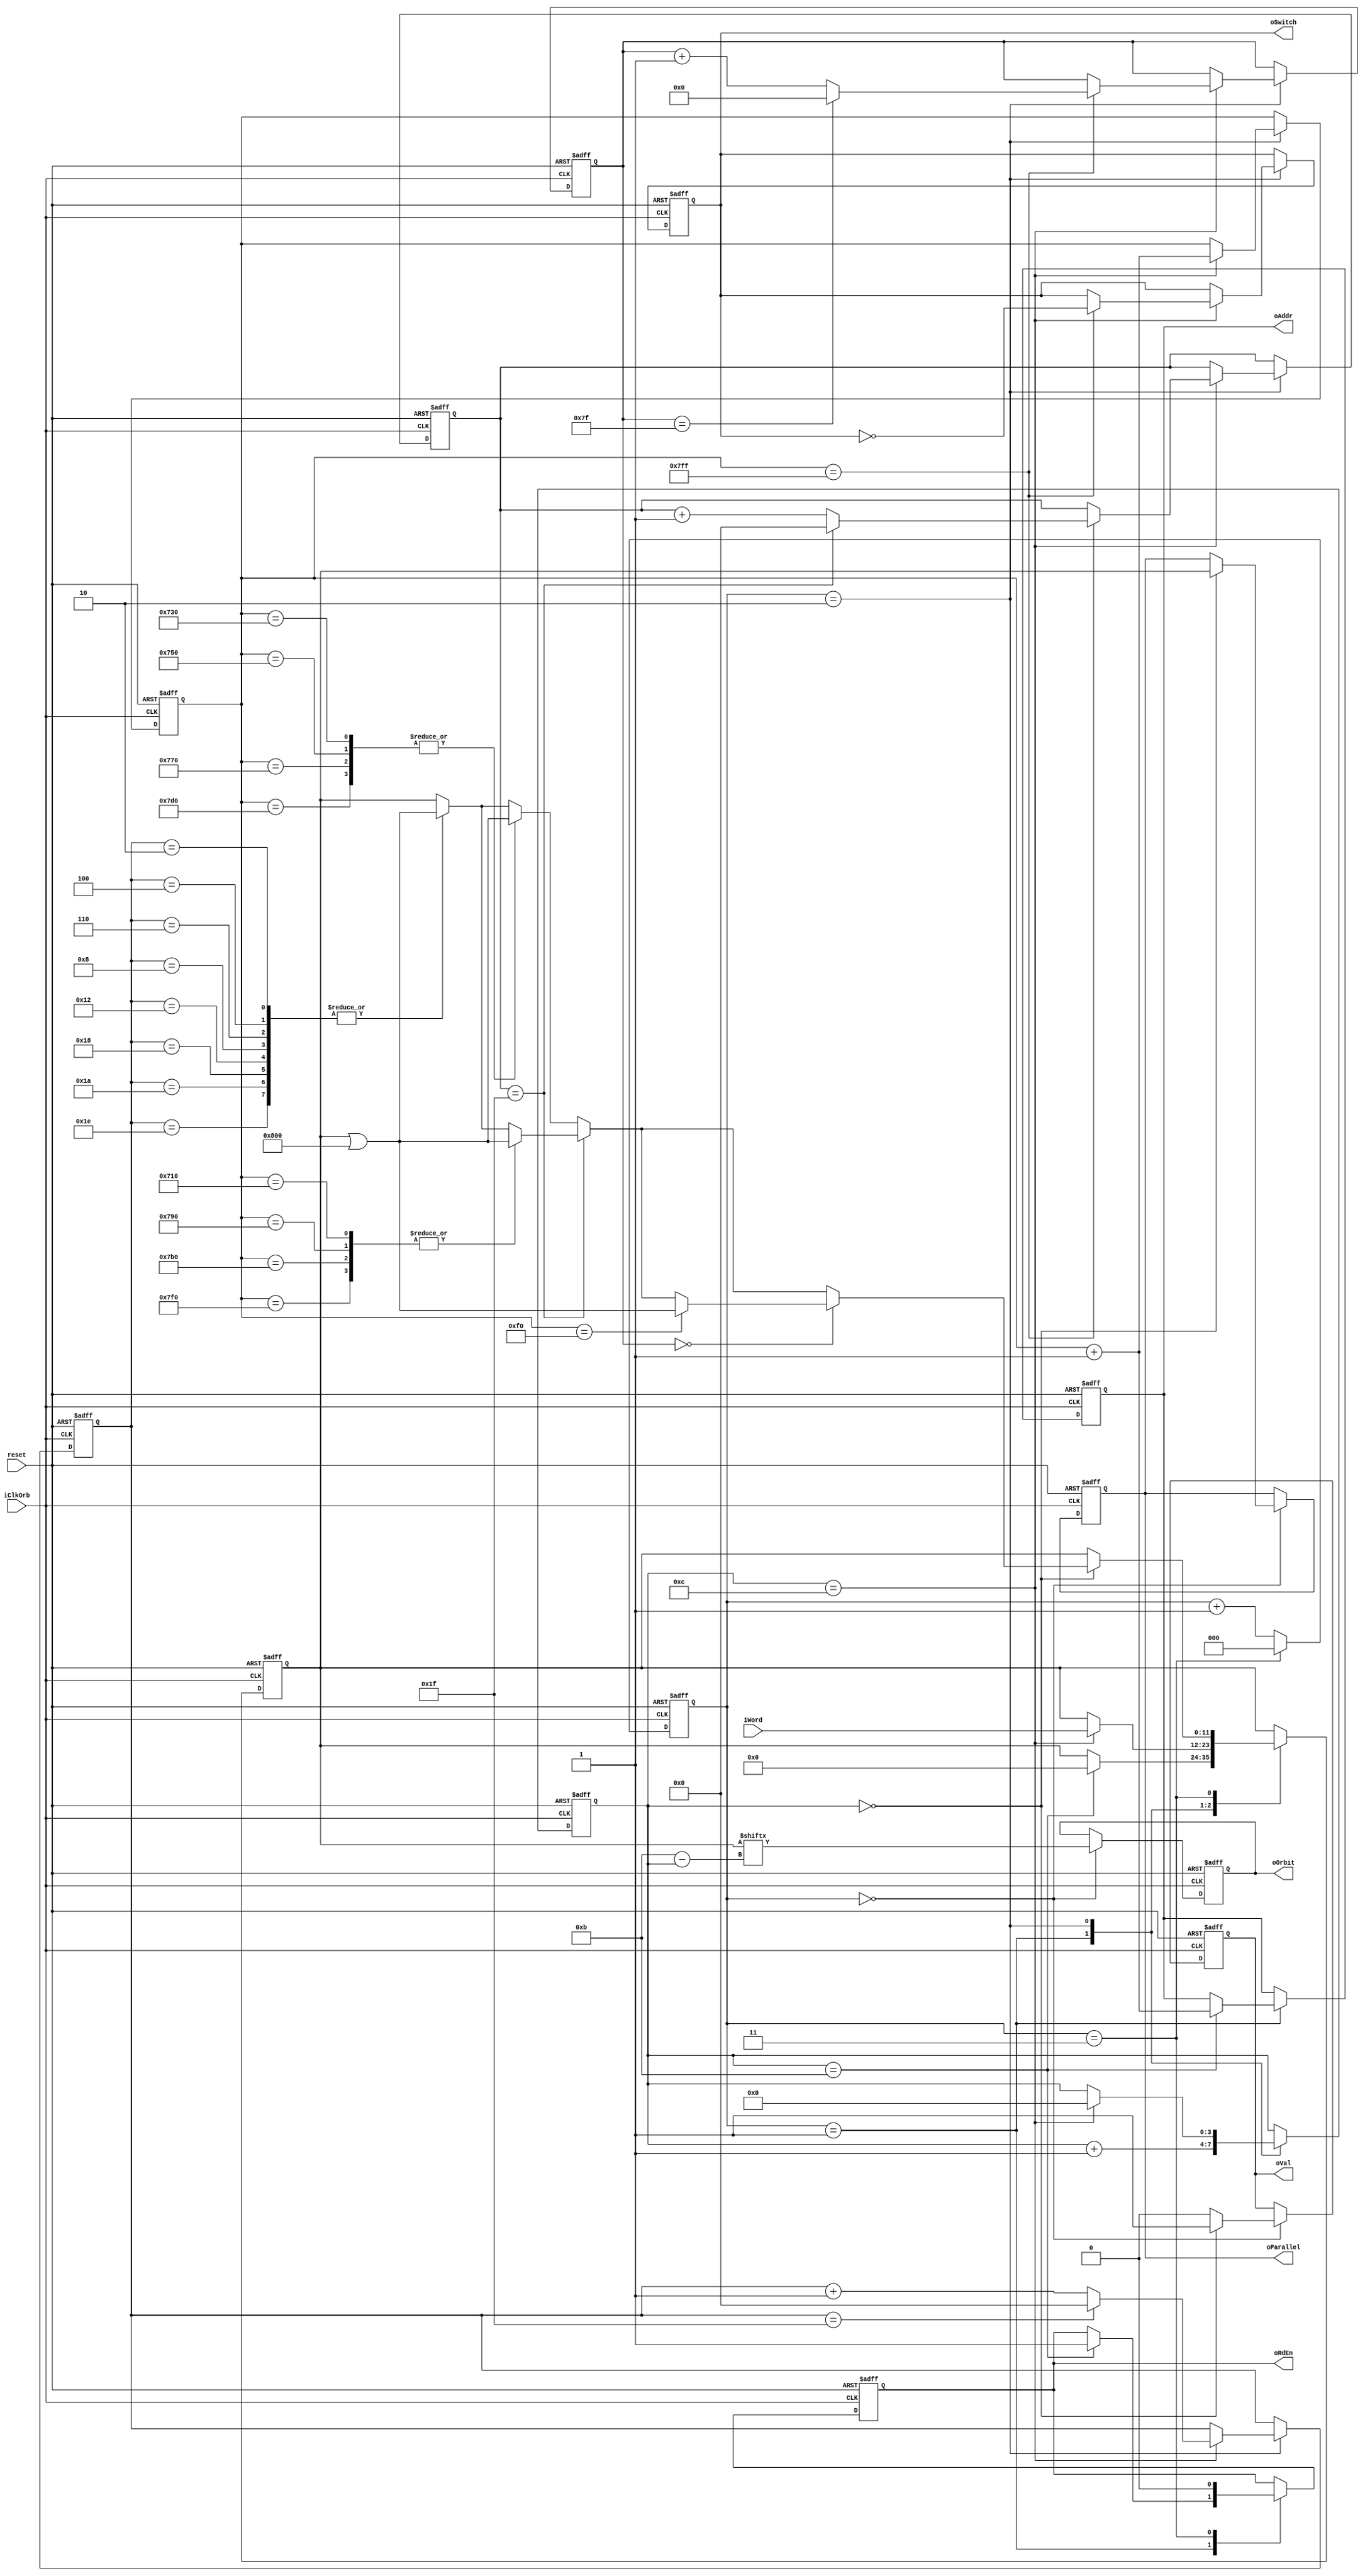
module M16(
	input reset, 
	input iClkOrb,
	input [11:0]iWord,
	output reg [10:0]oAddr,
	output reg oRdEn,
	output reg oSwitch,
	output reg oOrbit,
	output reg [11:0]oParallel,
	output reg oVal
);

reg [3:0]cntBit;
reg [10:0]cntWrd;
reg [4:0]cntPhr, cntGrp;
reg [6:0]cntFrm;
reg cntMem;
reg [11:0]outWord;
reg [2:0]seq;

always@(negedge reset or posedge iClkOrb)begin
	if(~reset)begin
		outWord <= 0;
		oAddr <= 0;
		oRdEn <= 0;
		oSwitch <= 0;
		oOrbit <= 0;
		oParallel <= 0;
		oVal <= 0;
		cntBit <= 0;
		cntFrm <= 0;
		cntGrp <= 0;
		cntPhr <= 0;
		cntWrd <= 0;
		seq <= 0;
	end else begin
		seq <= seq + 1'b1;
		case(seq)
			0: begin
				oOrbit <= outWord[11-cntBit];
				if (cntBit == 0) begin
					oParallel <= outWord;
					oVal <= 1;
				end else oVal <= 0;
			end
			1: begin
				if (cntBit == 11) begin
					oAddr <= cntWrd +1'b1;
					oRdEn <= 1;
					outWord <= 12'b0;
				end
				cntBit <= cntBit + 1'b1;
			end
			2: begin
				if (cntBit == 12) begin
					cntBit <= 0;
					outWord <= iWord;
					cntWrd <= cntWrd + 1'b1;
					if (cntWrd == 2047) begin
						//cntWrd <= 0;
						oSwitch <= ~oSwitch;
						cntGrp <= cntGrp + 1'b1;
						if (cntGrp == 31) cntGrp <= 0;
						cntFrm <= cntFrm + 1'b1;
						if (cntFrm == 127) cntFrm <= 0;
					end
					cntPhr <= cntPhr + 1'b1;
					if (cntPhr == 31) cntPhr <= 0;
				end
			end
			3: begin
				oRdEn <= 0;
				seq <= 0;
				if (cntBit == 0) begin
					case (cntPhr)
						2,4,6,8,18,24,26,30: outWord <= outWord | 12'b100000000000;
					endcase
					case (cntGrp)
						31: begin
							case (cntWrd)
								1808, 1936, 1968, 2032: outWord <= outWord | 12'b100000000000;
							endcase
						end
						default: begin
							case (cntWrd)
								1840, 1872, 1904, 2000: outWord <= outWord | 12'b100000000000;
							endcase
						end
					endcase
					case (cntFrm)
						0: begin
							case (cntWrd)
								240: outWord <= outWord | 12'b100000000000;
							endcase
						end
					endcase
				end
			end			
		endcase
	end
end
endmodule